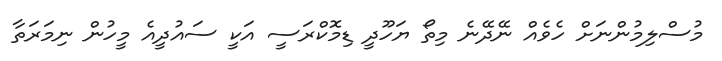
މުސްލިމުންނަށް ހެވެއް ނޭދޭނެ މިތޯ ޔަހޫދީ ޑިމޮކްރަސީ އަކީ ސައުދީއެ މީހުން ނިމަރަތާ